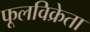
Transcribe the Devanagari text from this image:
फूलविक्रेता